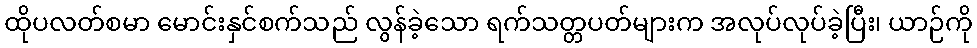
ထိုပလတ်စမာ မောင်းနှင်စက်သည် လွန်ခဲ့သော ရက်သတ္တပတ်များက အလုပ်လုပ်ခဲ့ပြီး၊ ယာဉ်ကို